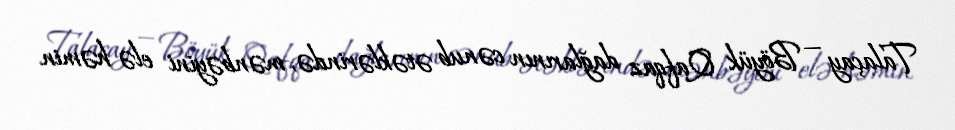
Talaçay — Böyük Qafqaz dağlarının cənub ətəklərində, mənbəyini elə həmin